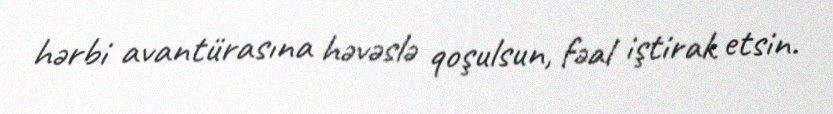
hərbi avantürasına həvəslə qoşulsun, fəal iştirak etsin.